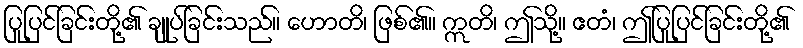
ပြုပြင်ခြင်းတို့၏ ချုပ်ခြင်းသည်။ ဟောတိ၊ ဖြစ်၏။ ဣတိ၊ ဤသို့။ ဧတံ၊ ဤပြုပြင်ခြင်းတို့၏